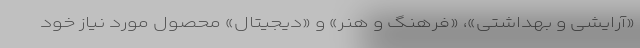
«آرایشی و بهداشتی»، «فرهنگ و هنر» و «دیجیتال» محصول مورد نیاز خود